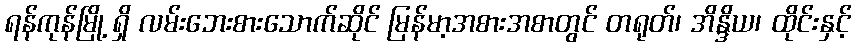
ရန်ကုန်မြို့ ရှိ လမ်းဘေးစားသောက်ဆိုင် မြန်မာ့အစားအစာတွင် တရုတ်၊ အိန္ဒိယ၊ ထိုင်းနှင့်